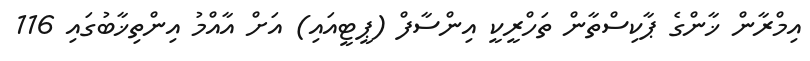
އިމްރާން ޚާންގެ ޕާކިސްތާން ތަހްރީކީ އިންސާފް (ޕީޓީއައި) އަށް އާއްމު އިންތިޚާބުގައި 116